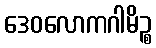
ဒေဝလောကဂါမိဉ္စ